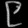
Digit: ၉